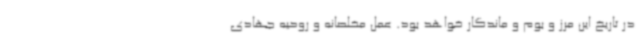
در تاریخ این مرز و بوم و ماندگار خواهد بود. عمل مخلصانه و روحیه جهادی